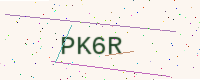
Text: PK6R